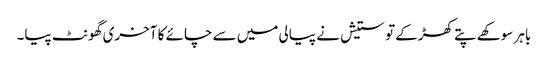
باہر سوکھے پتے کھڑکے تو ستیش نے پیالی میں سے چائے کا آخری گھونٹ پیا۔